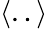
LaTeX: \langle..\rangle